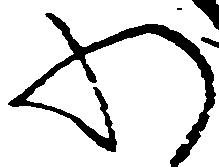
わ